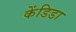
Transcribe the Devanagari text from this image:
केंडिडा